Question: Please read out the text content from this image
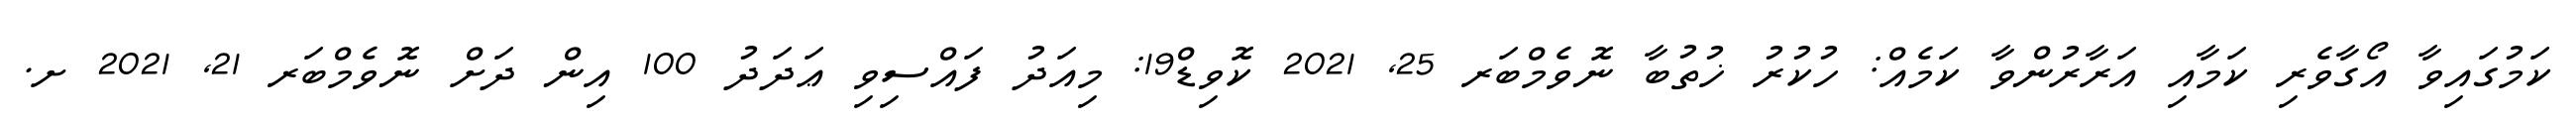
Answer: ކަމުގައިވާ އޯގާވެރި ކަމާއި އަރާރުންވާ ކަމެއް: ހުކުރު ޚުތުބާ ނޮވެމްބަރ 25, 2021 ކޮވިޑް19: މިއަދު ފައްސިވި ޢަދަދު 100 އިން ދަށް ނޮވެމްބަރ 21, 2021 ށ.